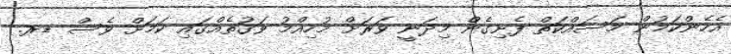
އެހެންކަމުން މަސައްކަތް ފެށިގެން މިދަނީ ވަރަށް މުހިއްމު ވަގުތެއްގައި ކަމަށް ވެސް ޑރ.